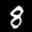
Label: 8